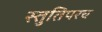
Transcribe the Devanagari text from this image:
स्तुतिपरच